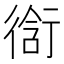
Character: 𮕣